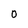
Character: 0